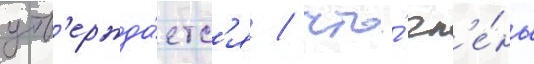
утв'ержда́етс'я / что́ чл'е́ны